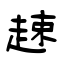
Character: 趚